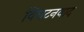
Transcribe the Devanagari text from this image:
विघटनवाद